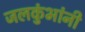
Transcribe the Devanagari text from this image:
जलकुंभांनी